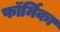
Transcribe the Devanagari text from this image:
फॉर्मिका